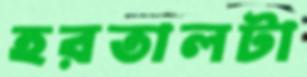
হরতালটা